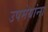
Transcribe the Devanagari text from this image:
उपमेयांना